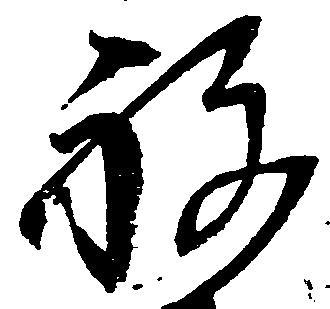
祝